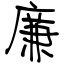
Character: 廉